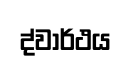
ද්වාර්ථය